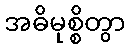
အဓိမုစ္စိတွာ